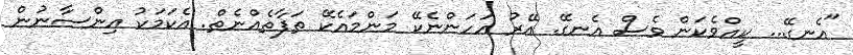
"އެނގޭ... ކީއްވެކަން ވެސް އެނގޭ. އޭރު އަހަންނެކޭ މަންމައެކޭ ތަފާތެއްނެތް. އެކަމަކު އިންސާނުން